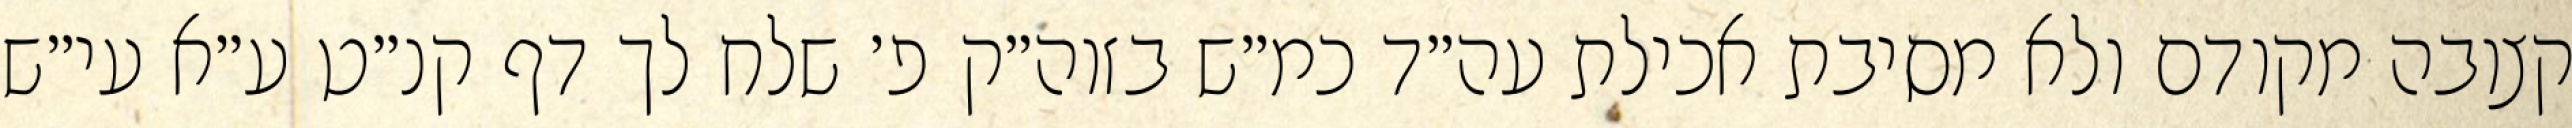
קצובה מקודם ולא מסיבת אכילת עה״ד כמ״ש בזוה״ק פ׳ שלח לך דף קנ״ט ע״א עי״ש